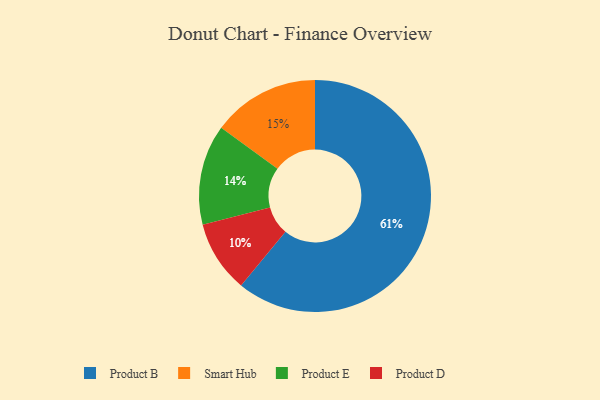
{"axis": {"x": "Category", "y": "Percentage"}, "legend": ["Product B", "Product D", "Product E", "Smart Hub"], "data": [{"x": "Product D", "y": 10, "type": "Product D"}, {"x": "Smart Hub", "y": 15, "type": "Smart Hub"}, {"x": "Product E", "y": 14, "type": "Product E"}, {"x": "Product B", "y": 61, "type": "Product B"}]}